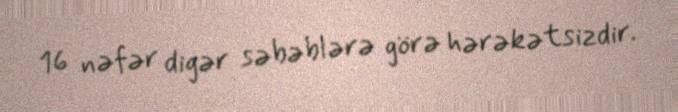
16 nəfər digər səbəblərə görə hərəkətsizdir.